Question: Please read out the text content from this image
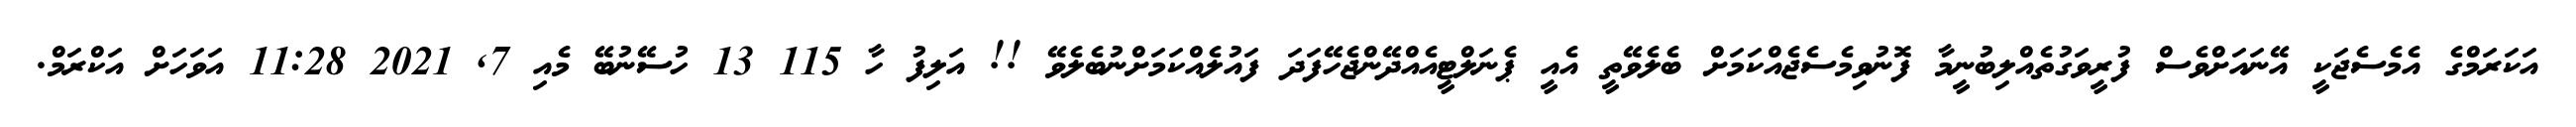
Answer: އަކަރަމްގެ އެމެސެޖަކީ އޭނައަށްވެސް ފުރީވަގުތެއްލިބުނީމާ ފޮނުވިމެސެޖެއްކަމަށް ބެލެވޭތީ އެއީ ޕެނަލްޓީއެއްދޭންޖެހޭފަދަ ފައުލެއްކަމަށްނުބެލެވޭ !! އަލިފު ހާ 115 13 ހުސޭނުބޭ މެއި 7, 2021 11:28 އަވަހަށް އަކްރަމް.